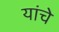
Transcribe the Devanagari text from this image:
यांचेेेे